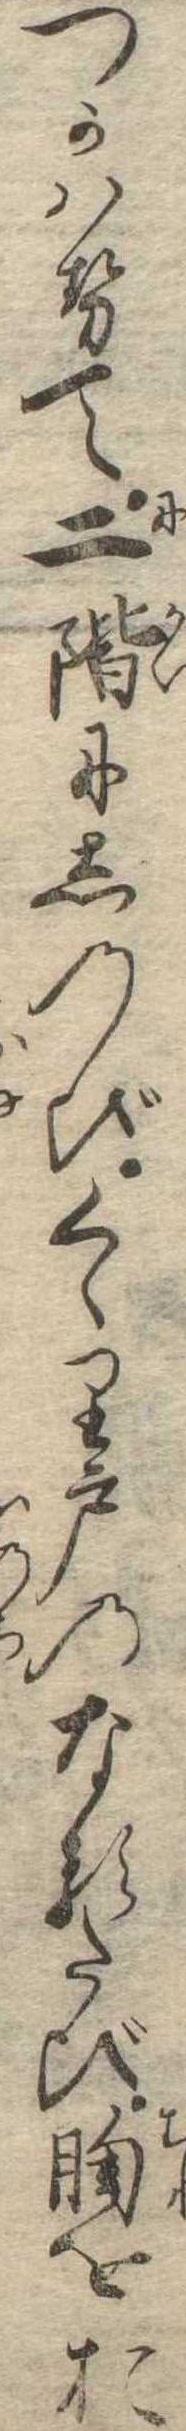
つかはせて二階にしのびくゝり戸のなるたび胸をお